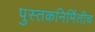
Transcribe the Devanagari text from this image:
पुस्तकनिर्मितीच